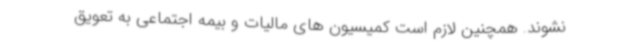
نشوند. همچنین لازم است کمیسیون های مالیات و بیمه اجتماعی به تعویق